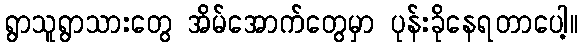
ရွာသူရွာသားတွေ အိမ်အောက်တွေမှာ ပုန်းခိုနေရတာပေါ့။